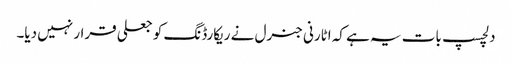
دلچسپ بات یہ ہے کہ اٹارنی جنرل نے ریکارڈنگ کو جعلی قرار نہیں دیا۔